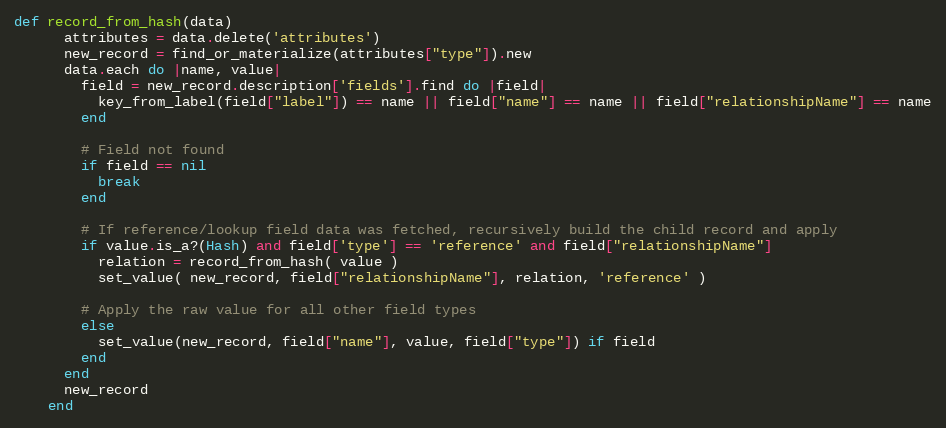
Language: Ruby
def record_from_hash(data)
      attributes = data.delete('attributes')
      new_record = find_or_materialize(attributes["type"]).new
      data.each do |name, value|
        field = new_record.description['fields'].find do |field|
          key_from_label(field["label"]) == name || field["name"] == name || field["relationshipName"] == name
        end

        # Field not found
        if field == nil
          break
        end

        # If reference/lookup field data was fetched, recursively build the child record and apply
        if value.is_a?(Hash) and field['type'] == 'reference' and field["relationshipName"]
          relation = record_from_hash( value )
          set_value( new_record, field["relationshipName"], relation, 'reference' )

        # Apply the raw value for all other field types
        else
          set_value(new_record, field["name"], value, field["type"]) if field
        end
      end
      new_record
    end